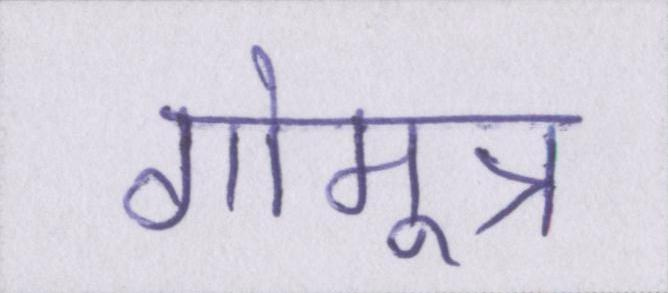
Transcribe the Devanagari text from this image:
गोमूत्र